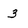
Character: 3